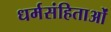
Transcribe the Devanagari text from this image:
धर्मसंहिताओं